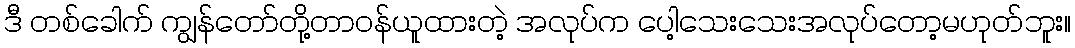
ဒီ တစ်ခေါက် ကျွန်တော်တို့တာဝန်ယူထားတဲ့ အလုပ်က ပေါ့သေးသေးအလုပ်တော့မဟုတ်ဘူး။